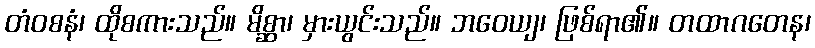
တံဝစနံ၊ ထိုစကားသည်။ မိစ္ဆာ၊ မှားယွင်းသည်။ ဘဝေယျ၊ ဖြစ်ရာ၏။ တထာဂတေန၊